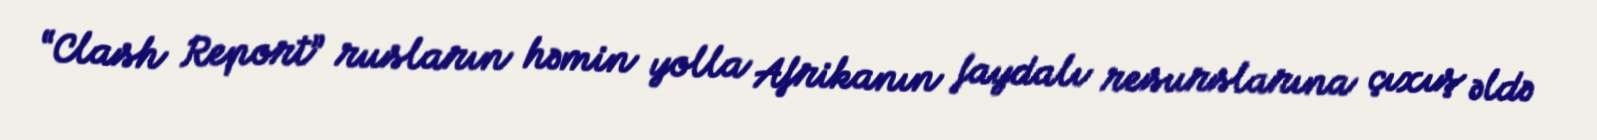
“Clash Report” rusların həmin yolla Afrikanın faydalı resurslarına çıxış əldə